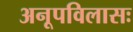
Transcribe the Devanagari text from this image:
अनूपविलासः